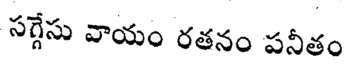
సర్గేసు వాయం రతనం పనీతం